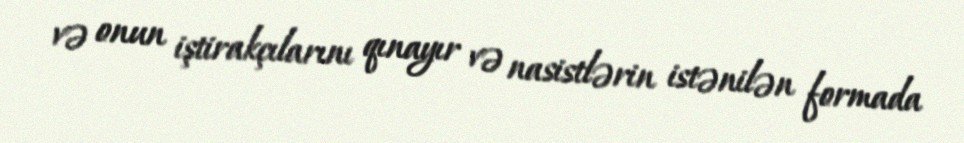
və onun iştirakçılarını qınayır və nasistlərin istənilən formada